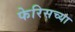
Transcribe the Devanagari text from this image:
फेरिसच्या